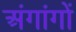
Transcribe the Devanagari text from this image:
अंगांगों